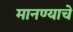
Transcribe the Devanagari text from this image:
मानण्याचे